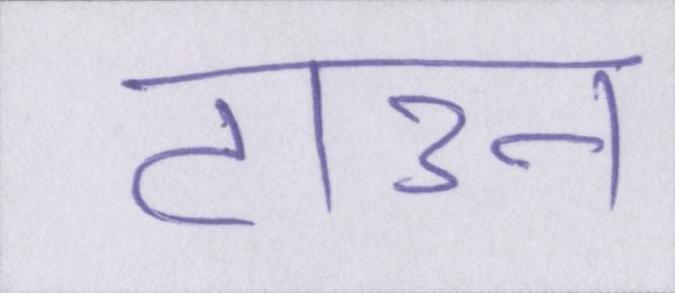
टाउन